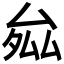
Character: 𭆝